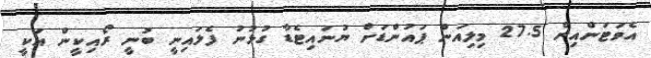
އެވަޓަންއިން 27.5 މިލިއަން ޕައުންޑަށް ޔުނައިޓެޑާ ގުޅުނު ފެލައިނީ ބުނީ ރޯއިކީން އަކީ